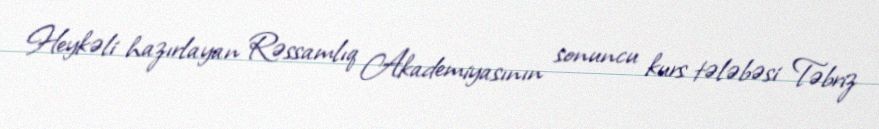
Heykəli hazırlayan Rəssamlıq Akademiyasının sonuncu kurs tələbəsi Təbriz